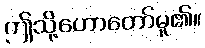
ဤသို့ဟောတော်မူ၏။